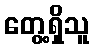
တွေ့ရှိသူ